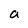
Character: a